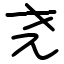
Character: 尧